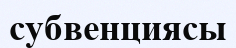
субвенциясы